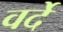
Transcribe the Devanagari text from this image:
वर्देे